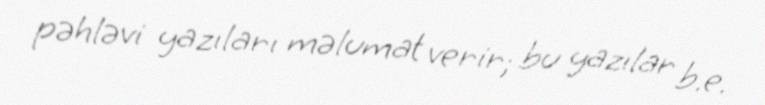
pəhləvi yazıları məlumat verir; bu yazılar b.e.